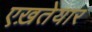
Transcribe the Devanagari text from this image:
एख़तेयार